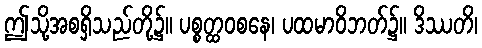
ဤသို့အစရှိသည်တို့၌။ ပစ္စတ္ထဝစနေ၊ ပထမာဝိဘတ်၌။ ဒိဿတိ၊